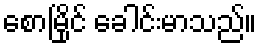
စောမြိုင် ခေါင်းမာသည်။